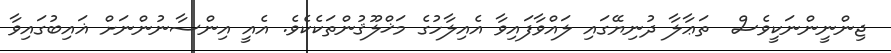
ޖިންނީންނަކީވެސް  ތަޢާލާ ދުނިޔޭގައި ލައްވާފައިވާ އެއިލާހުގެ މަޚްލޫޤުންތަކެކެވެ. އެއީ އިންސާނުންނަށް ޣައިބުގައިވާ